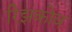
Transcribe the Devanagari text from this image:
रिझकोव